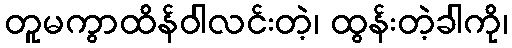
တူမကွာထိန်ဝါလင်းတဲ့၊ ထွန်းတဲ့ခါကို၊